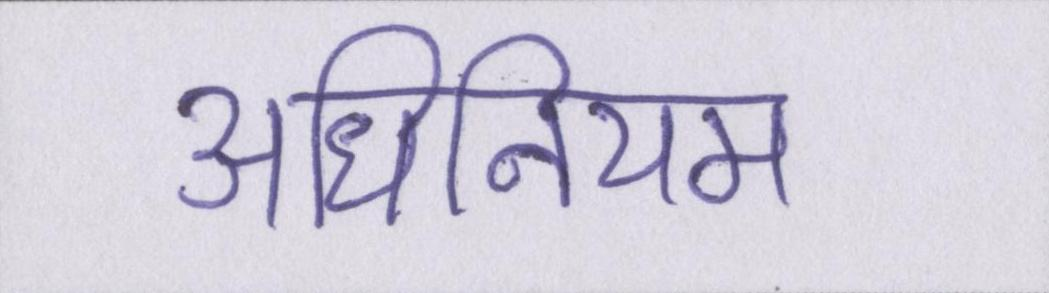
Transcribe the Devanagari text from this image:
अधिनियम